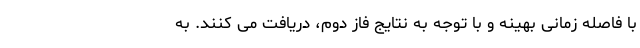
با فاصله زمانی بهینه و با توجه به نتایج فاز دوم، دریافت می کنند. به